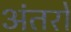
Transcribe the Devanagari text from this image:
अंतरो